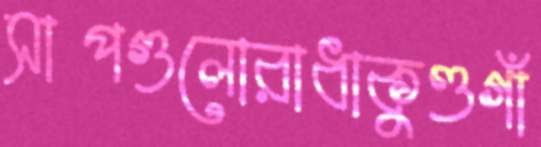
সাপগুলোরাধাকুণ্ডগাঁ